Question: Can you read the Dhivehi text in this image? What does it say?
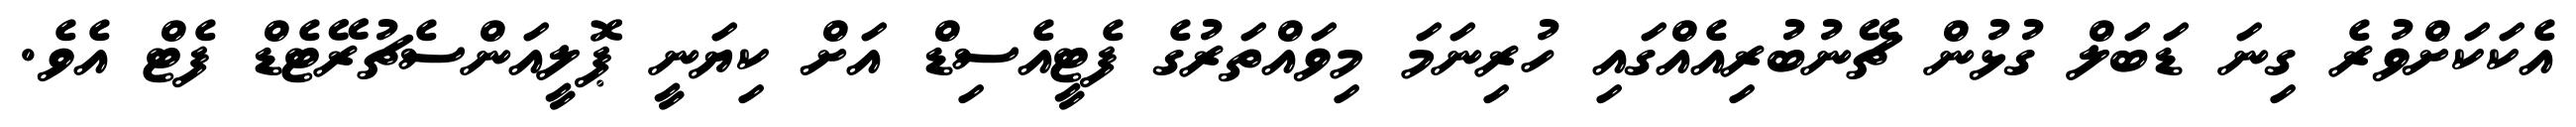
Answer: އެކަކަށްވުރެ ގިނަ ޑަބަލް ގުޅުން ޗޭނުބުރިއެއްގައި ހުރިނަމަ މިވައްތަރުގެ ފެޓީއެސިޑް އަށް ކިޔަނީ ޕޮލީއަންސެޗުރޭޓެޑް ފެޓް އެވެ.